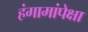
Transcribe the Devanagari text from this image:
हंगामांपेक्षा